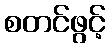
စတင်ဖွင့်